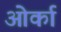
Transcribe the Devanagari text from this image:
ओर्का